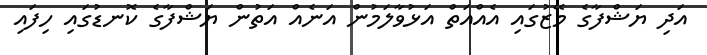
އަދި ޔަޝްފާގެ މޭޒުގައި އެއްއަތް އަޅުވާލަމުން އަނެއް އަތުން ޔަޝްފާގެ ކޮނޑުގައި ހިފައި